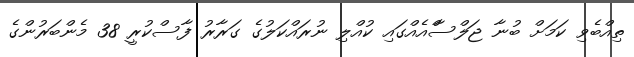
ތިއްބެވި ކަމަށް ބުނާ ޖަލްސާްއެއްގައި ކުއްލި ނުރައްކަލުގެ ގަރާރު ފާސްކުރީ 38 މެންބަރުންގެ